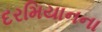
દરમિયાનના